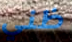
ظني